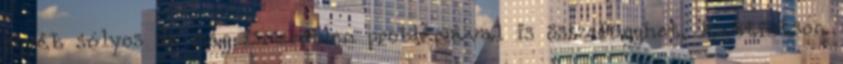
egyéb súlyos de még ismeretlen problémával is összefügghet. Kattintson